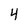
Character: 4